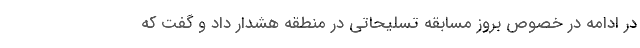
در ادامه در خصوص بروز مسابقه تسلیحاتی در منطقه هشدار داد و گفت که